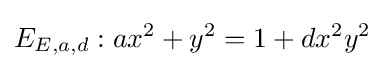
E_{E,a,d}:ax^{2}+y^{2}=1+dx^{2}y^{2}